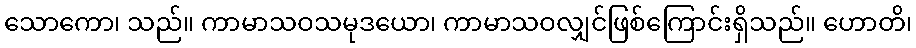
သောကော၊ သည်။ ကာမာသဝသမုဒယော၊ ကာမာသဝလျှင်ဖြစ်ကြောင်းရှိသည်။ ဟောတိ၊